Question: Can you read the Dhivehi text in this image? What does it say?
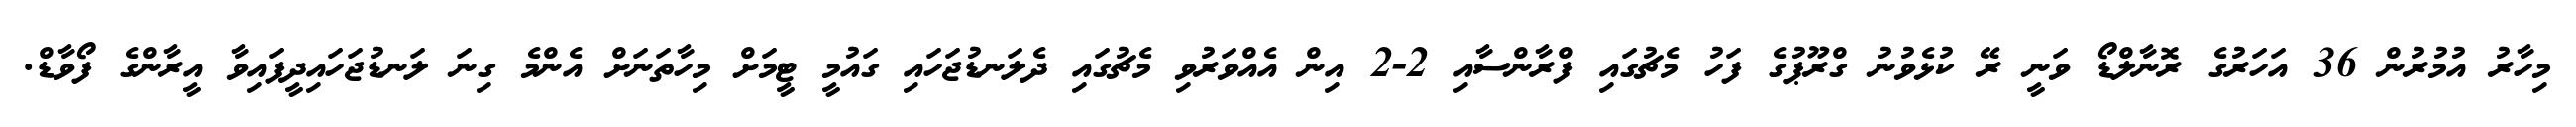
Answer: މިހާރު އުމުރުން 36 އަހަރުގެ ރޮނާލްޑޯ ވަނީ ރޭ ކުޅެވުނު ގްރޫޕުގެ ފަހު މެޗުގައި ފްރާންސާއި 2-2 އިން އެއްވަރުވި މެޗުގައި ދެލަނޑުޖަހައި ގައުމީ ޓީމަށް މިހާތަނަށް އެންމެ ގިނަ ލަނޑުޖަހައިދީފައިވާ އީރާންގެ ފޯވާޑް.